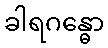
ခါရဂန္ဓော